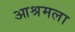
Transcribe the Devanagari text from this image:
आश्रमला